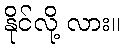
နိုင်လို့ လား။